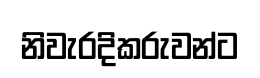
නිවැරදිකරුවන්ට